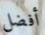
أفضل